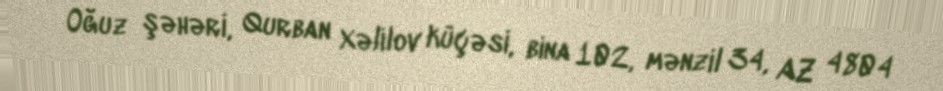
Oğuz şəhəri, Qurban Xəlilov küçəsi, bina 102, mənzil 34, AZ 4804